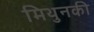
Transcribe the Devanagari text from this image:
मिथुनकी